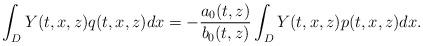
LaTeX: \begin{align*}\int_DY(t,x,z)q(t,x,z)dx=-\frac{a_0(t,z)}{b_0(t,z)}\int_DY(t,x,z)p(t,x,z)dx.\end{align*}